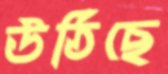
উঠিছে